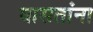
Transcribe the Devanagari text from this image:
घासतांना